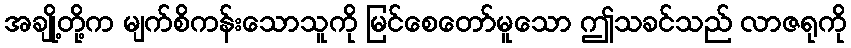
အချို့တို့က မျက်စိကန်းသောသူကို မြင်စေတော်မူသော ဤသခင်သည် လာဇရုကို